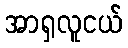
အာရှလူငယ်